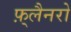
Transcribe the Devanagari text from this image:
फ़्लैनरो